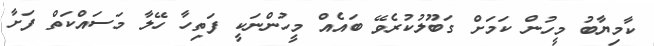
ކާމިޔާބު މީހުން ކަމަށް ގަބޫލުކުރެވޭ ބައެއް މީހުންނަކީ ފަތިހާ ހޭލާ މަސައްކަތް ފަށާ